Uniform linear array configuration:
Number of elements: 8
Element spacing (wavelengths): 0.25
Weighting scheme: uniform
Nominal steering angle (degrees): -15
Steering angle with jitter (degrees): -13.259
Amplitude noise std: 0.05
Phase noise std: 0.05

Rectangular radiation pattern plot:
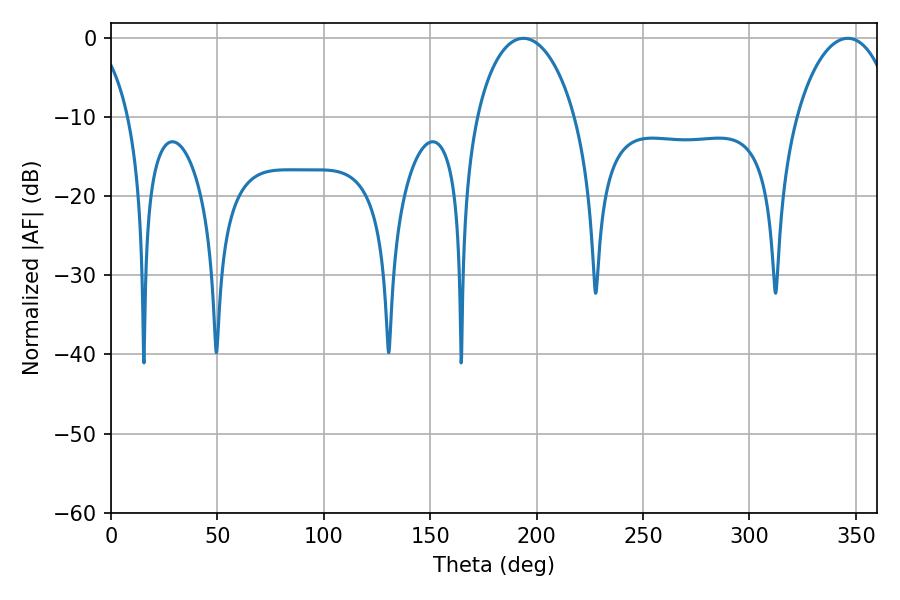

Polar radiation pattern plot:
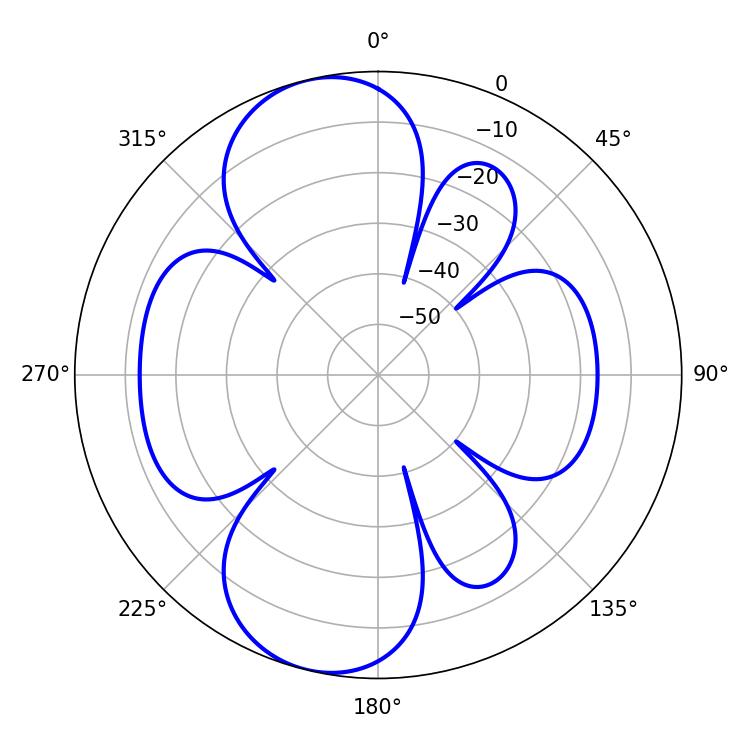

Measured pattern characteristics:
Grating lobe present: FALSE
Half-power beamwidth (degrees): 26.46
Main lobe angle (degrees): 193.86